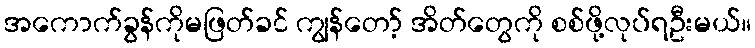
အကောက်ခွန်ကိုမဖြတ်ခင် ကျွန်တော့် အိတ်တွေကို စစ်ဖို့လုပ်ရဦးမယ်။